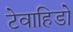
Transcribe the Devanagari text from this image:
टेवाहिडो